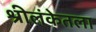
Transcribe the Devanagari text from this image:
श्रीलंकेतला